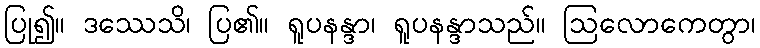
ပြု၍။ ဒဿေသိ၊ ပြ၏။ ရူပနန္ဒာ၊ ရူပနန္ဒာသည်။ ဩလောကေတွာ၊